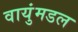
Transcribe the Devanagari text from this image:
वायुंमडल